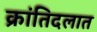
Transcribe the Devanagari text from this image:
क्रांतिदलात